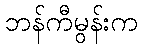
ဘန်ကီမွန်းက